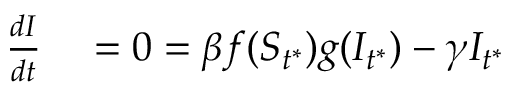
\begin{array} { r l } { \frac { d I } { d t } } & { { } = 0 = \beta f ( S _ { t ^ { * } } ) g ( I _ { t ^ { * } } ) - \gamma I _ { t ^ { * } } } \end{array}